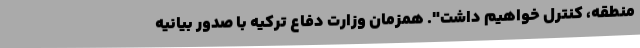
منطقه، کنترل خواهیم داشت". همزمان وزارت دفاع ترکیه با صدور بیانیه